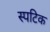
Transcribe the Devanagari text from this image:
स्पटिक